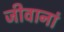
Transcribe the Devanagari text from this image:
जीवानां